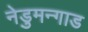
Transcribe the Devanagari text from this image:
नेडुमन्गाड